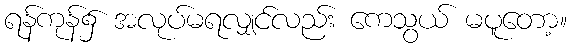
ရန်ကုန်၌ အလုပ်မရလျှင်လည်း ကေသွယ် မပူတော့။